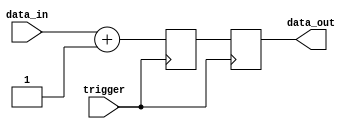
module Generate_Task (
    input trigger,
    input [7:0] data_in,
    output [7:0] data_out
);

reg [7:0] internal_signal;

always @(posedge trigger) begin
    if (trigger) begin
        // perform task generation logic here
        internal_signal <= data_in + 1; // example task logic
        data_out <= internal_signal;
    end
end

endmodule